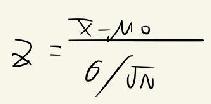
\[z = \frac{\bar{x}-\mu_0}{\sigma/\sqrt{n}}\]